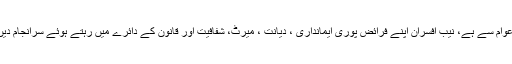
نیب کی پہلی اور آخری وابستگی پاکستان اور پاکستان کی عوام سے ہے، نیب افسران اپنے فرائض پوری ایمانداری ، دیانت ، میرٹ، شفافیت اور قانون کے دائرے میں رہتے ہوئے سرانجام دیں، اس سلسلہ میں کوئی کوتاہی برداشت نہیں کی جائے گی۔